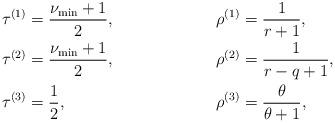
LaTeX: \begin{align*}& \tau^{(1)} = \frac{\nu_{\min} + 1}{2}, && \rho^{(1)} = \frac{1}{r + 1}, \\& \tau^{(2)} = \frac{\nu_{\min} + 1}{2}, && \rho^{(2)} = \frac{1}{r - q + 1}, \\& \tau^{(3)} = \frac{1}{2}, && \rho^{(3)} = \frac{\theta}{\theta + 1},\end{align*}